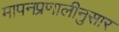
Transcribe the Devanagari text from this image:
मापनप्रणालीनुसार